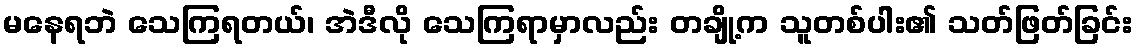
မနေရဘဲ သေကြရတယ်၊ အဲဒီလို သေကြရာမှာလည်း တချို့က သူတစ်ပါး၏ သတ်ဖြတ်ခြင်း